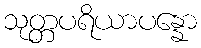
သုတ္တပရိယာပန္နော